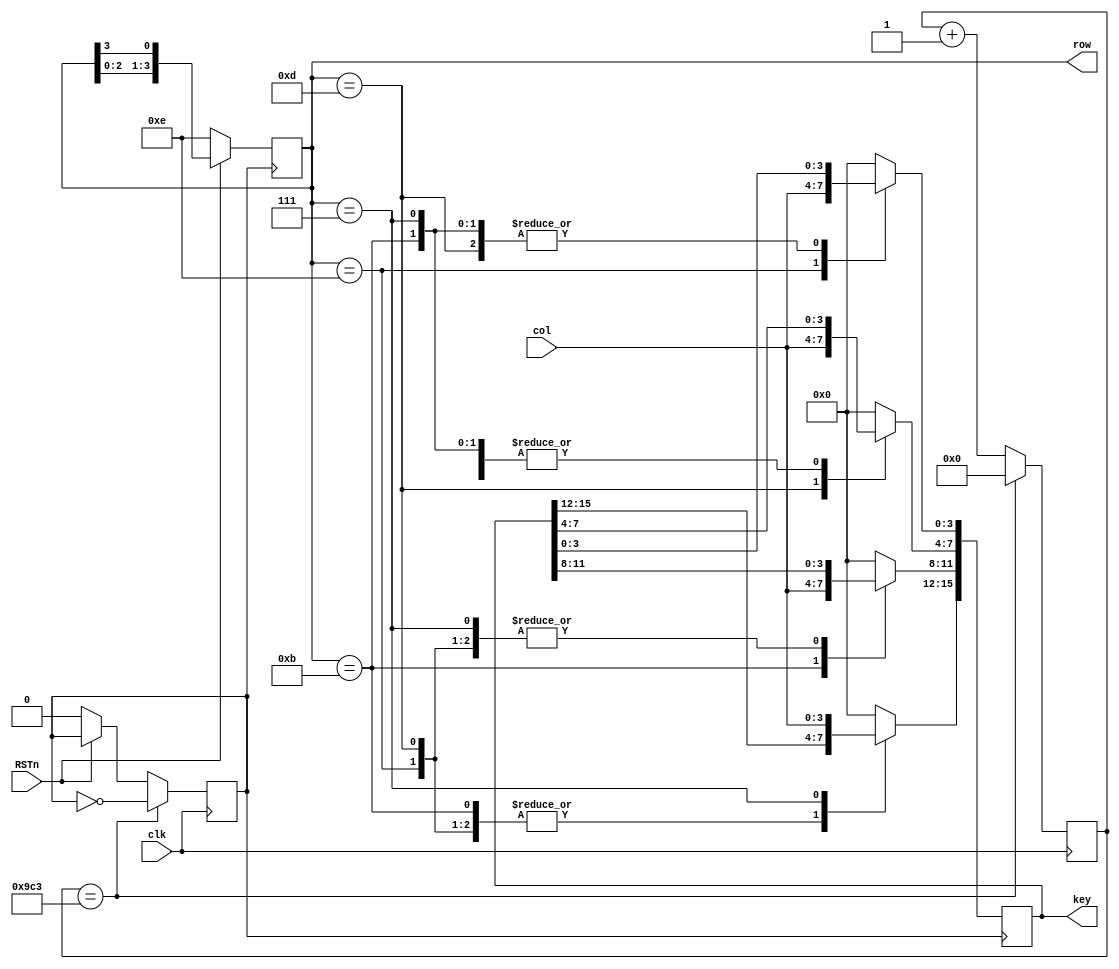
//
module keyboard_scan(
    input               clk ,
    input               RSTn, 
    input       [3:0]   col ,          
    output reg  [3:0]   row ,           
    output reg  [15:0]  key
);
   
    reg [31:0] cnt ;
    reg scan_clk ;

    //0.05ms
    always@(posedge clk) begin
        if(!RSTn)begin
            cnt <= 'd0;
            scan_clk<=1'b0;
        end
        if(cnt == 2499) begin
            cnt <= 0;
            scan_clk <= ~scan_clk;
        end
        else
            cnt <= cnt + 1;
    end
   
    always@(posedge scan_clk)
    begin
    	if(!RSTn)
    		row <= 4'b1110; 
    	else
        	row <= {row[2:0],row[3]}; 
    end
    
    always@(negedge scan_clk)begin
        case(row)
            4'b1110 : key[03:00]<= col;
            4'b1101 : key[07:04]<= col;
            4'b1011 : key[11:08]<= col;
            4'b0111 : key[15:12]<= col;
            default : key <= 0;
        endcase
    end
        
endmodule